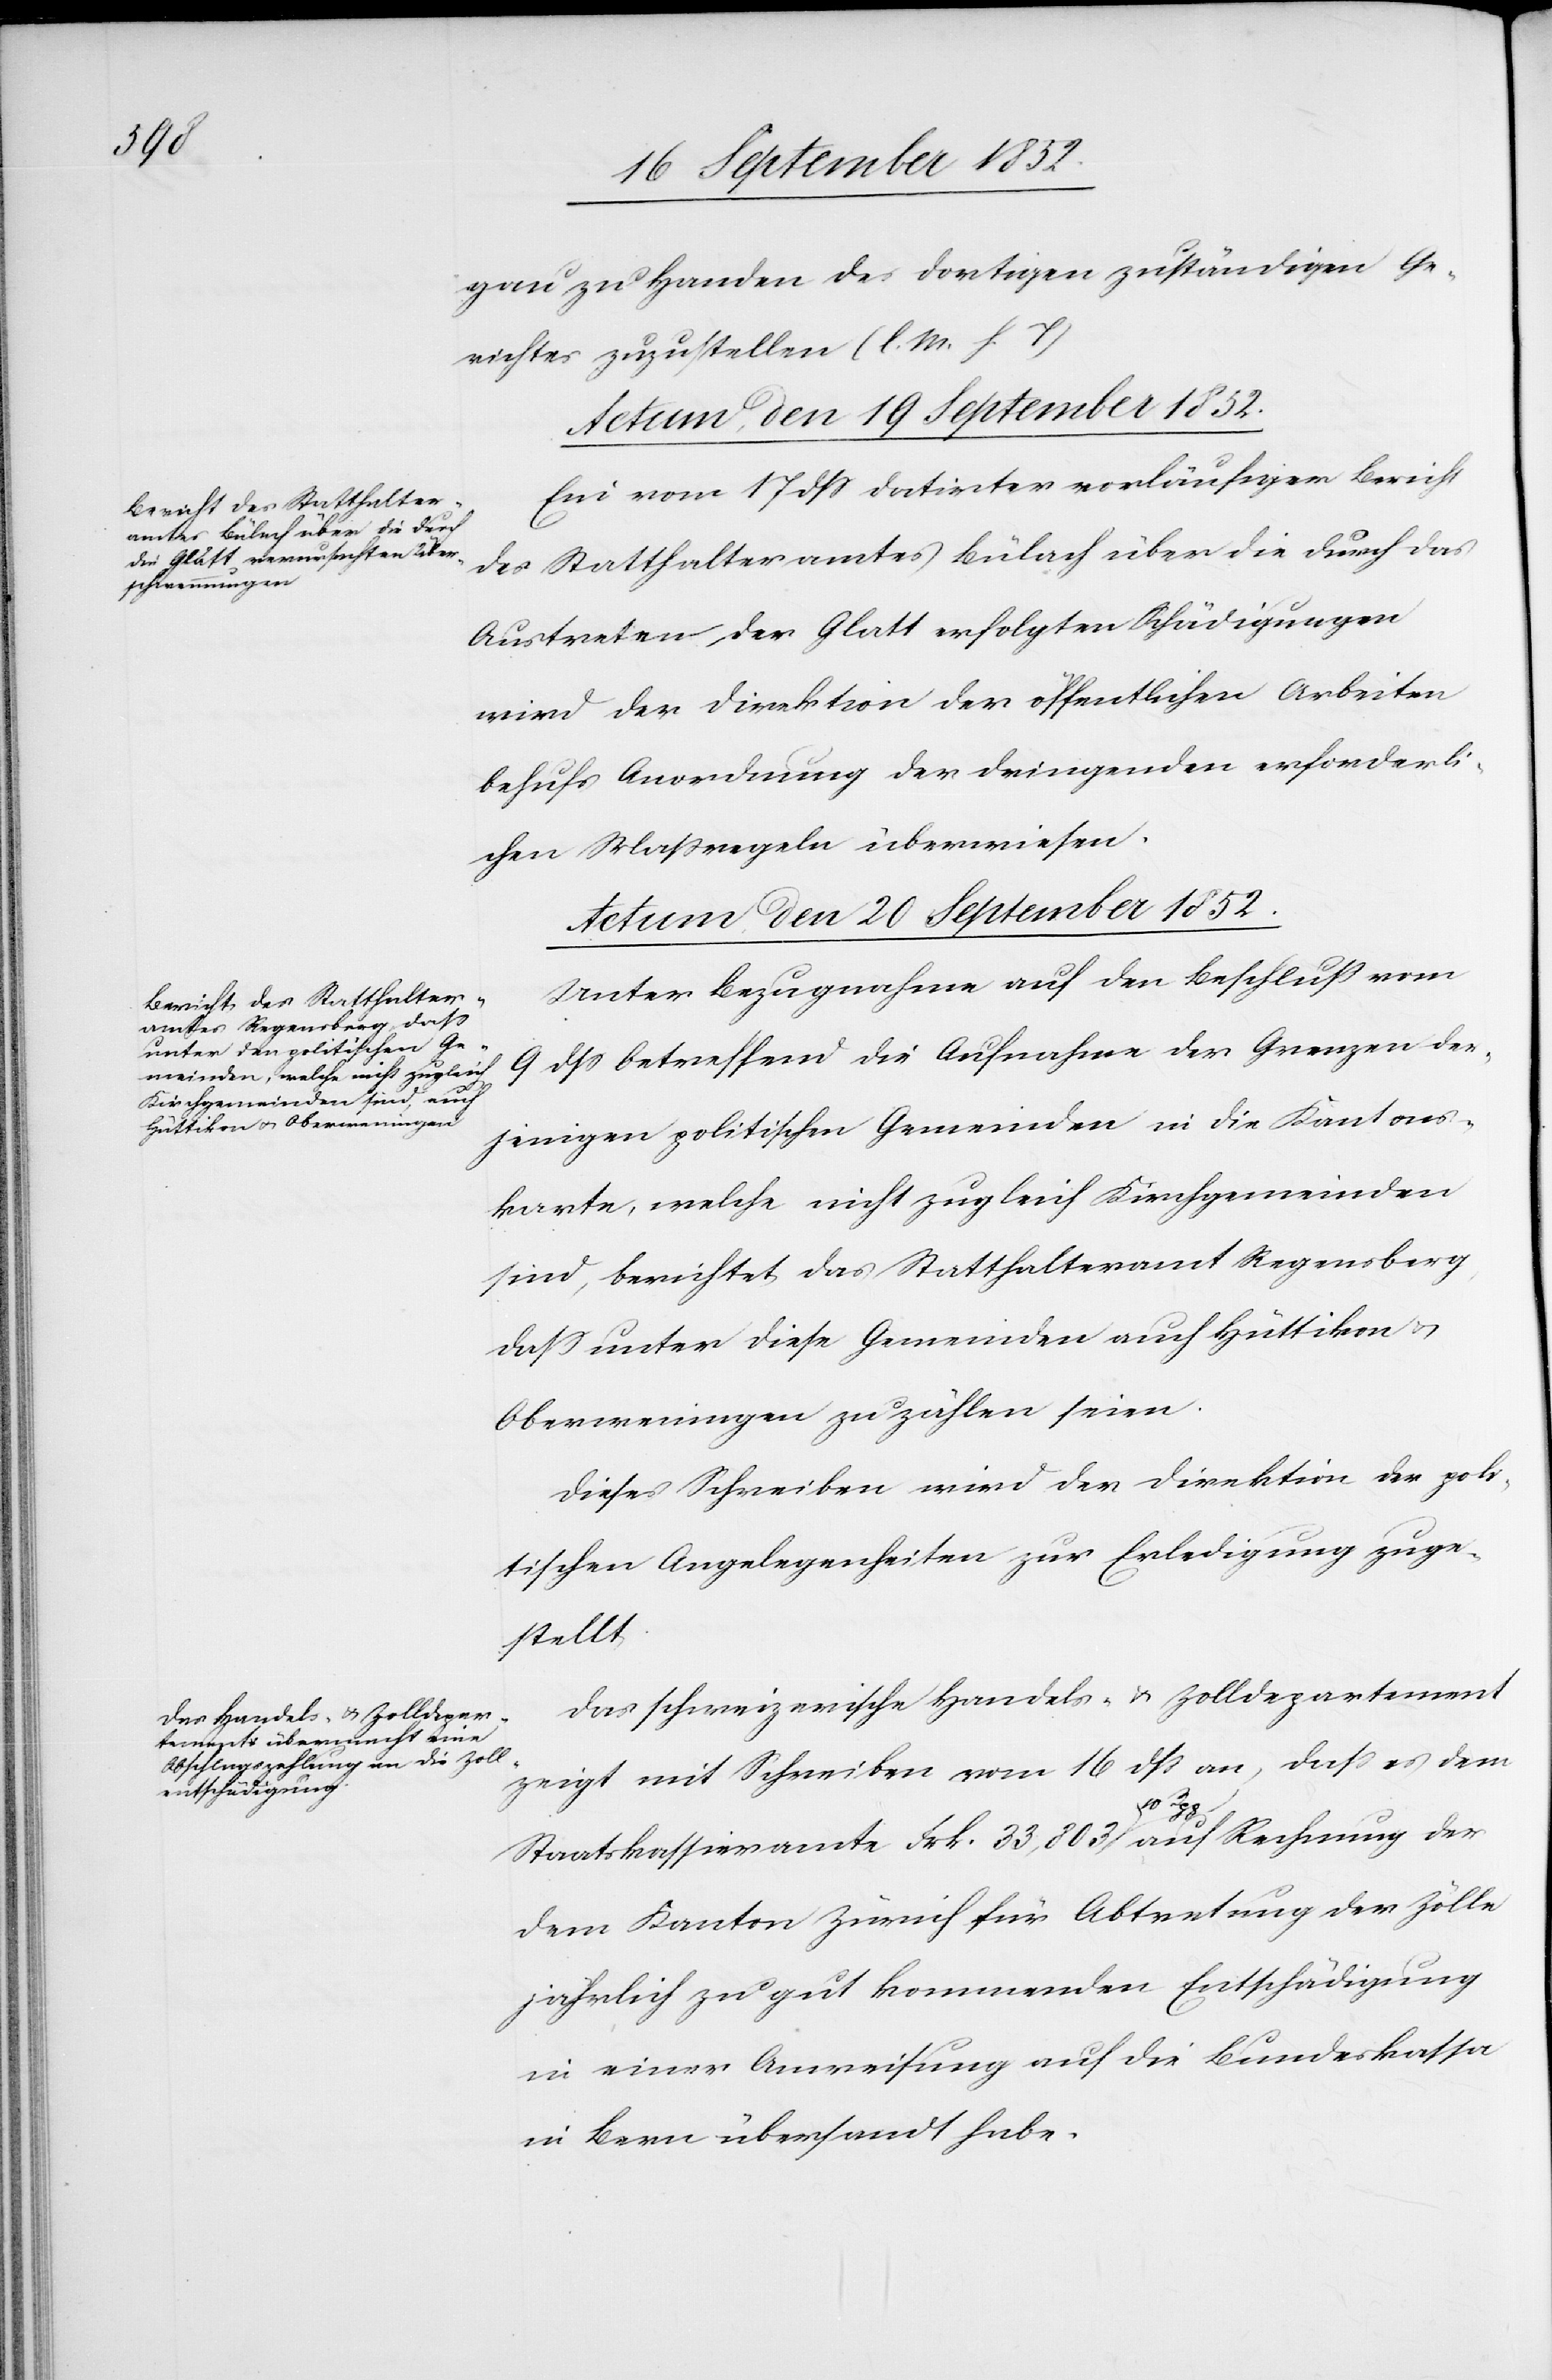
gau zu Handen des dortigen zuständigen Ge¬
richtes zuzustellen (l. M. h. T)[.]
Actum, den 19 September 1852.
Ein vom 17 dss datirter vorläufiger Bericht
des Statthalteramtes Bülach über die durch das
Austreten der Glatt erfolgten Schädigungen
wird der Direktion der öffentlichen Arbeiten
behufs Anordnung der dringenden erforderli¬
chen Maßregeln überwiesen.
Actum, den 20 September 1852.]
Unter Bezugnahme auf den Beschluss vom
9 dss betreffend die Aufnahme der Grenzen der¬
jenigen politischen Gemeinden in die Kantons¬
karte, welche nicht zugleich Kirchgemeinden
sind, berichtet das Statthalteramt Regensberg,
dass unter diese Gemeinden auch Hüttikon &
Oberweningen zu zählen seien.
Dieses Schreiben wird der Direktion der poli¬
tischen Angelegenheiten zur Erledigung zuge¬
stellt.
Das schweizerische Handels- & Zolldepartement
zeigt mit Schreiben vom 16 dss an, dass es dem
Staatskassieramte Frk. 33,803 10 Rpp auf Rechnung der
dem Kanton Zürich für Abtretung der Zölle
jährlich zu gut kommenden Entschädigung
in einer Anweisung auf die Bundeskassa
in Bern übersandt habe.